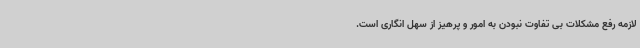
لازمه رفع مشکلات بی تفاوت نبودن به امور و پرهیز از سهل انگاری است.